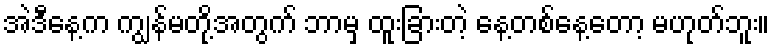
အဲဒီနေ့က ကျွန်မတို့အတွက် ဘာမှ ထူးခြားတဲ့ နေ့တစ်နေ့တော့ မဟုတ်ဘူး။